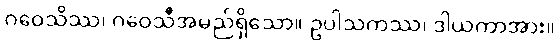
ဂဝေသိဿ၊ ဂဝေသီအမည်ရှိသော။ ဥပါသကဿ၊ ဒါယကာအား။